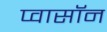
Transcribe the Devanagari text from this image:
प्वासॉन